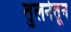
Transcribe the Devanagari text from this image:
तुलनेतून